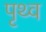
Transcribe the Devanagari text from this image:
पृथ्व